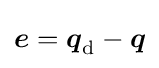
{\boldsymbol {e}}={\boldsymbol {q}}_{\mathrm {d} }-{\boldsymbol {q}}